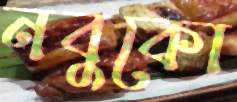
নবুকো